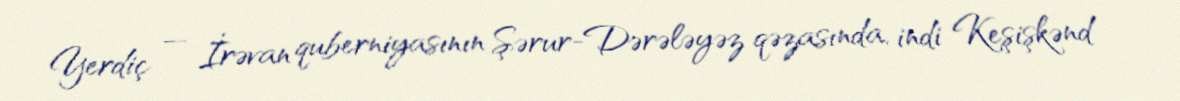
Yerdiç — İrəvan quberniyasının Şərur-Dərələyəz qəzasında, indi Keşişkənd